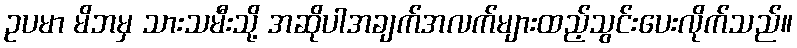
ဥပမာ မိဘမှ သားသမီးသို့ အဆိုပါအချက်အလက်များထည့်သွင်းပေးလိုက်သည်။